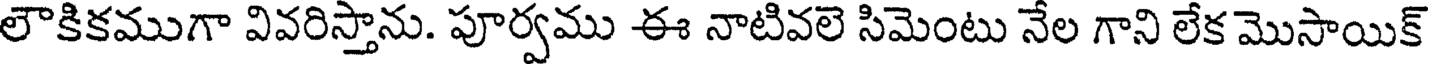
లౌకికముగా వివరిస్తాను. పూర్వము ఈ నాటివలె సిమెంటు నేల గాని లేక మొసాయిక్